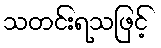
သတင်းရသဖြင့်